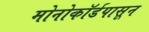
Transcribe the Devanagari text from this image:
मोनोकॉर्डपासून